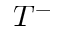
T ^ { - }